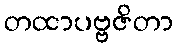
တထာပဗ္ဗဇိတာ